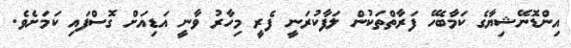
އިންޑޮނޭޝިޔާގެ ކަމާބެހޭ ފަރާތްތަކުން ލަފާކުރަނީ ފެރީ މިހާރު ވާނީ އަޑިއަށް ގޮސްފައި ކަމަށެވެ.